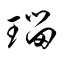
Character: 瑠